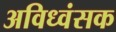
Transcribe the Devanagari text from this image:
अविध्वंसक